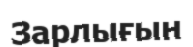
Зарлығын